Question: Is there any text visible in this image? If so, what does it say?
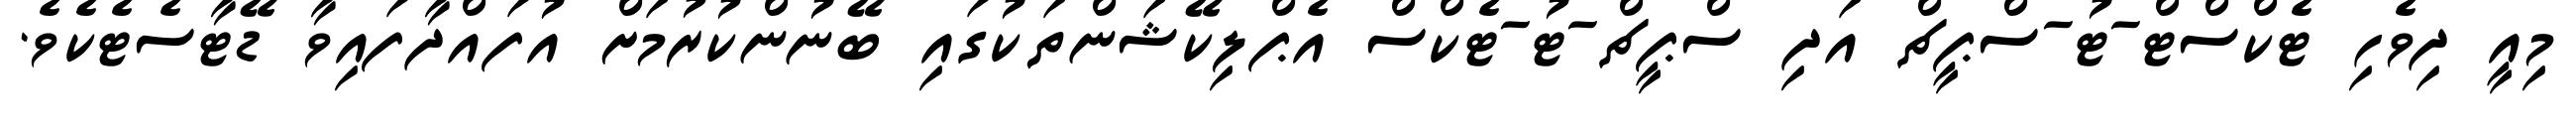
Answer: މިއީ ދިވެހި ޓެކްސްޓް-ޓު-ސްޕީޗް އަދި ސްޕީޗް-ޓު-ޓެކްސް އެޕްލިކޭޝަންތަކުގައި ބޭނުންކުރުމަށް އުފައްދާފައިވާ ޑޭޓާސެޓެކެވެ.